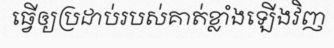
ធ្វើឲ្យប្រដាប់របស់គាត់ខ្លាំងឡើងវិញ